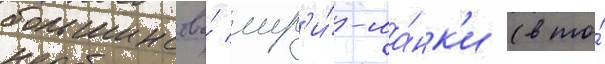
большинства́ шр'и́-ла́нк'и (в то́